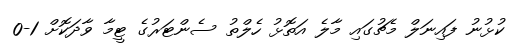
ކުޅުނު ފައިނަލް މެޗުގައި މާލެ އަތޮޅު ހެލްތު ސެންޓަރުގެ ޓީމާ ވާދަކޮށް 1-0